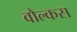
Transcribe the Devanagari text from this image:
वौल्कस